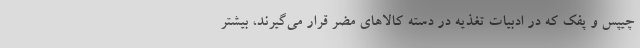
چیپس و پفک که در ادبیات تغذیه در دسته کالاهای مضر قرار می‌گیرند، بیشتر